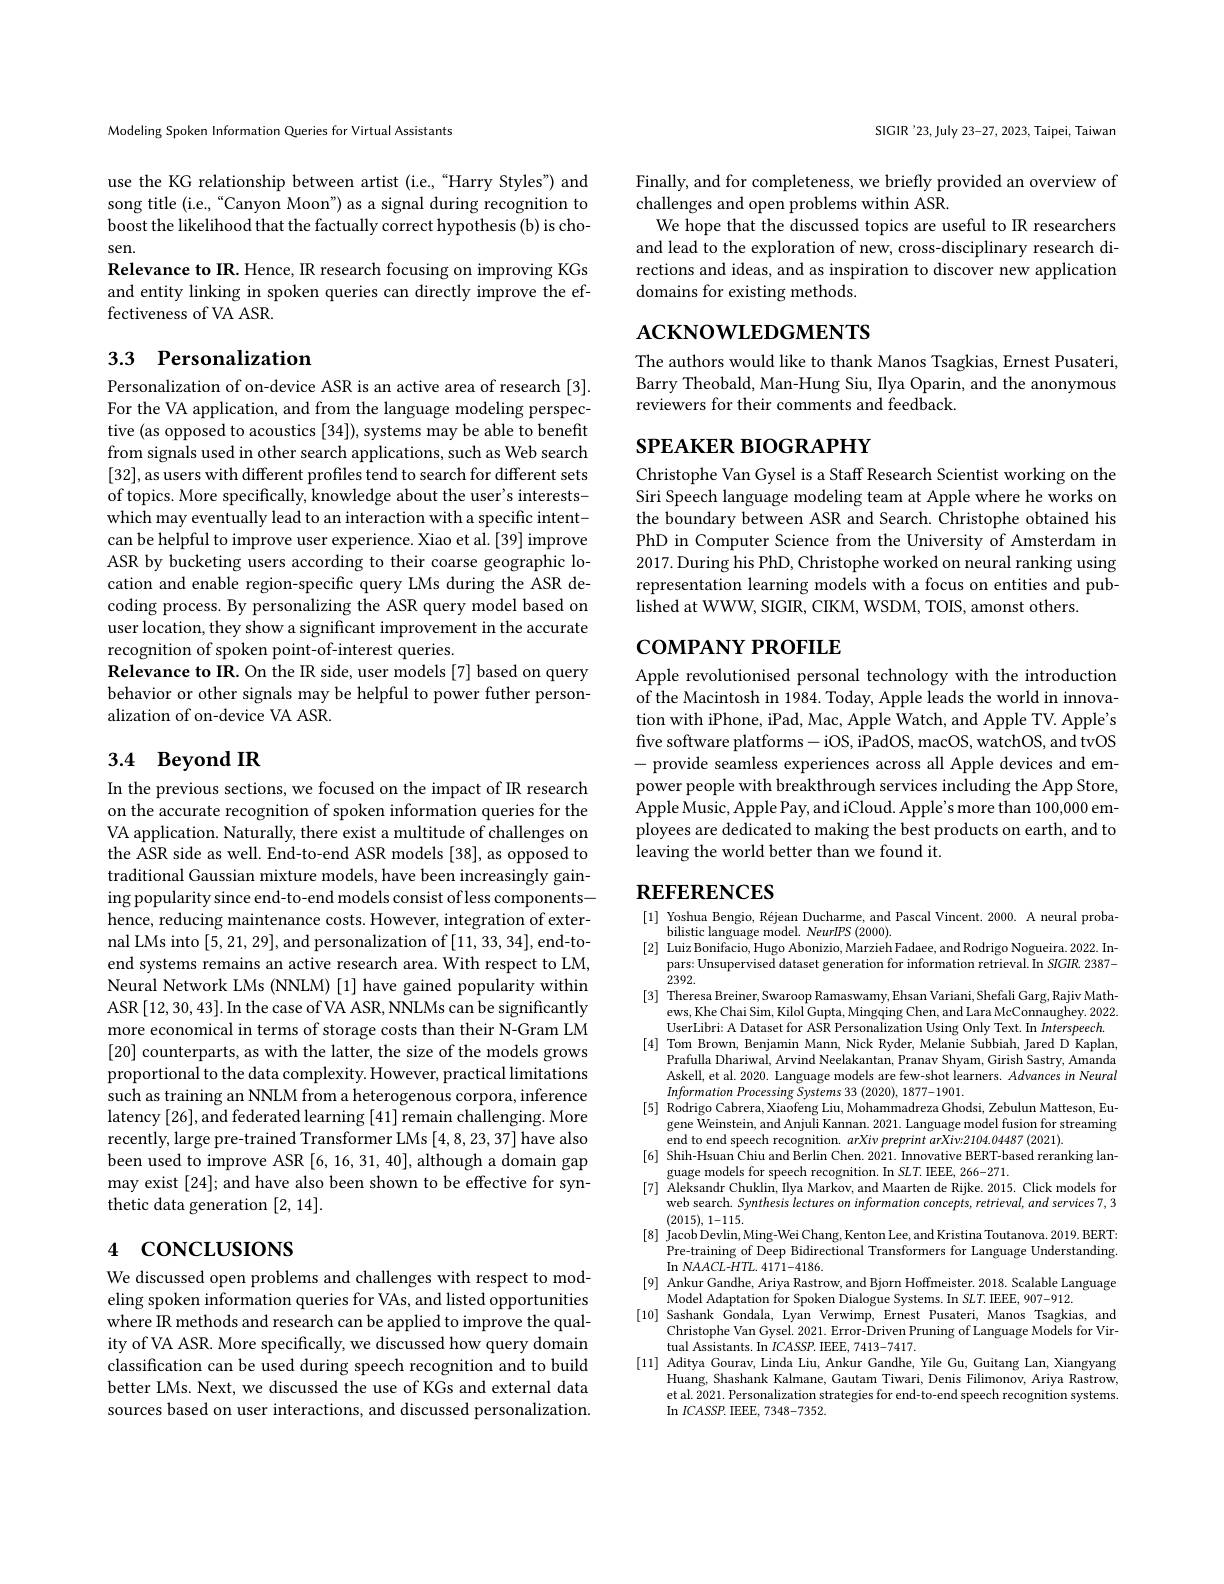
Modeling Spoken Information Queries for Virtual Assistants

use the KG relationship between artist (i.e.,“Harry Styles”) and song title (i.e.,“Canyon Moon”) as a signal during recognition to boost the likelihood that the factually correct hypothesis (b) is chosen.
Relevance to IR. Hence, IR research focusing on improving KGs and entity linking in spoken queries can directly improve the effectiveness of VA ASR.

# 3.3 Personalization

Personalization of on-device ASR is an active area of research [3]. For the VA application, and from the language modeling perspective (as opposed to acoustics [34]), systems may be able to benefit from signals used in other search applications, such as Web search [32],as users with different profiles tend to search for different sets of topics. More specifically, knowledge about the user's interestswhich may eventually lead to an interaction with a specific intentcan be helpful to improve user experience. Xiao et al.[39] improve ASR by bucketing users according to their coarse geographic location and enable region-specific query LMs during the ASR decoding process. By personalizing the ASR query model based on user location, they show a significant improvement in the accurate recognition of spoken point-of-interest queries.
Relevance to IR. On the IR side, user models [7] based on query behavior or other signals may be helpful to power futher personalization of on-device VA ASR.

# 3.4 Beyond IR

In the previous sections, we focused on the impact of IR research on the accurate recognition of spoken information queries for the VA application. Naturally, there exist a multitude of challenges on the ASR side as well. End-to-end ASR models [38], as opposed to traditional Gaussian mixture models, have been increasingly gaining popularity since end-to-end models consist of less componentshence, reducing maintenance costs. However, integration of external LMs into [5,21,29],and personalization of [11,33,34],end-toend systems remains an active research area. With respect to LM, Neural Network LMs (NNLM) [1] have gained popularity within ASR [12,30,43]. In the case of VA ASR, NNLMs can be significantly more economical in terms of storage costs than their N-Gram LM [20] counterparts, as with the latter, the size of the models grows proportional to the data complexity. However, practical limitations such as training an NNLM from a heterogenous corpora, inference latency [26], and federated learning [41] remain challenging. More recently, large pre-trained Transformer LMs [4,8,23,37] have also been used to improve ASR [6, 16, 31, 40], although a domain gap may exist [24]; and have also been shown to be effective for synthetic data generation [2,14].

# 4 concLusıons

We discussed open problems and challenges with respect to modeling spoken information queries for VAs, and listed opportunities where IR methods and research can be applied to improve the quality of VA ASR. More specifically, we discussed how query domain classification can be used during speech recognition and to build better LMs. Next, we discussed the use of KGs and external data sources based on user interactions, and discussed personalization.

SIGIR '23, July 23-27, 2023, Taipei, Taiwan

Finally, and for completeness, we briefly provided an overview of
challenges and open problems within ASR.
We hope that the discussed topics are useful to IR researchers and lead to the exploration of new, cross-disciplinary research directions and ideas, and as inspiration to discover new application domains for existing methods.

# $ACKNOWLEDGMENTS$

The authors would like to thank Manos Tsagkias, Ernest Pusateri, Barry Theobald, Man-Hung Siu, Ilya Oparin, and the anonymous reviewers for their comments and feedback.

# SPEAKER BIOGRAPHY

Christophe Van Gysel is a Staff Research Scientist working on the Siri Speech language modeling team at Apple where he works on the boundary between ASR and Search. Christophe obtained his PhD in Computer Science from the University of Amsterdam in 2017. During his PhD, Christophe worked on neural ranking using representation learning models with a focus on entities and published at WWW, SIGIR, CIKM, WSDM, TOIS, amonst others.

# coмРАNY РROFILE

Apple revolutionised personal technology with the introduction of the Macintosh in 1984. Today, Apple leads the world in innovation with iPhone, iPad, Mac, Apple Watch, and Apple TV. Apple's five software platforms-iOS, iPadOS, macOS, watchOS, and tvOS - provide seamless experiences across all Apple devices and empower people with breakthrough services including the App Store, Apple Music, Apple Pay, and iCloud. Apple's more than 100,000 employees are dedicated to making the best products on earth, and to leaving the world better than we found it.

# $REFERENCES$

[1] Yoshua Bengio, Réjean Ducharme, and Pascal Vincent. 2000. A neural proba-
bilistic language model. NeurIPS (2000).
[2] Luiz Bonifacio, Hugo Abonizio, Marzieh Fadaee, and Rodrigo Nogueira. 2022. In-
pars: Unsupervised dataset generation for information retrieval. In SIGIR. 2387-
2392.
[3] Theresa Breiner, Swaroop Ramaswamy, Ehsan Variani, Shefali Garg, Rajiv Math-
ews, Khe Chai Sim, Kilol Gupta, Mingqing Chen, and Lara McConnaughey. 2022. UserLibri: A Dataset for ASR Personalization Using Only Text. In Interspeech.
[4] Tom Brown, Benjamin Mann, Nick Ryder, Melanie Subbiah, Jared D Kaplan,
Prafulla Dhariwa$\dot{\mathrm{l}}$, Arvind Neelakantan, Pranav Shyam, Girish Sastry, Amanda Askell, et al. 2020. Language models are few-shot learners. Advances in Neural Information Processing Systems 33 (2020), 1877-1901.
[5] Rodrigo Cabrera, Xiaofeng Liu, Mohammadreza Ghodsi, Zebulun Matteson, Eu-
gene Weinstein, and Anjuli Kannan. 2021. Language model fusion for streaming
end to end speech recognition. arXiv preprint arXiv:2104.04487(2021).
[6] Shih-Hsuan Chiu and Berlin Chen. 2021. Innovative BERT-based reranking lan-
guage models for speech recognition. In SLT. IEEE, 266-271.
[7] Aleksandr Chuklin, Ilya Markov, and Maarten de Rijke. 2015. Click models for
web search. Synthesis lectures on information concepts, retrieval, and services 7, 3
(2015), 1-115.
[8] Jacob Devlin, Ming-Wei Chang, Kenton Lee, and Kristina Toutanova. 2019. BERT:
Pre-training of Deep Bidirectional Transformers for Language Understanding.
$\operatorname{In}$ NAACL-$HTL.4171-4186.$
[9] Ankur Gandhe, Ariya Rastrow, and Bjorn Hoffmeister. 2018. Scalable Language
Model Adaptation for Spoken Dialogue Systems. In SLT. IEEE, 907-912.
[10] Sashank Gondala, Lyan Verwimp, Ernest Pusateri, Manos Tsagkias, and
Christophe Van Gysel. 2021. Error-Driven Pruning of Language Models for Vir-
tual Assistants. In $ICASSP.$ IEEE, 7413-7417.
[11] Aditya Gourav, Linda Liu, Ankur Gandhe, Yile Gu, Guitang Lan, Xiangyang
Huang, Shashank Kalmane, Gautam Tiwari, Denis Filimonov, Ariya Rastrow, et al. 2021. Personalization strategies for end-to-end speech recognition systems. In $ICASSP.$ IEEE, 7348-7352.